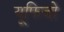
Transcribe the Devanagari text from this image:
यूफिजो